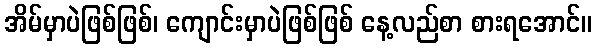
အိမ်မှာပဲဖြစ်ဖြစ်၊ ကျောင်းမှာပဲဖြစ်ဖြစ် နေ့လည်စာ စားရအောင်။